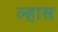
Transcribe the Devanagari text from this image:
ल्हास